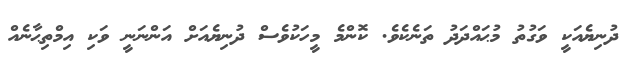
ދުނިޔެއަކީ ވަގުތު މުޙައްދަދު ތަނެކެވެ. ކޮންމެ މީހަކުވެސް ދުނިޔެއަށް އަންނަނީ ވަކި އިމްތިޙާނެއް